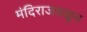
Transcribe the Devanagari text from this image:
मंदिराजवळून